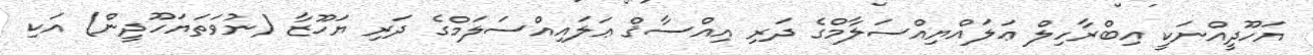
ޔަހޫދީއްނަކީ އިބްރާހިލް ޢަލައްޔިއްސަލާމްގެ ދަރި އިއްސާޤް ޢަލައިއްސަލަމްގެ ދަރި ޔަހޫޒާ (ނުވަތަޔަހޫދީން) އަކި